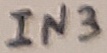
Text: IN3